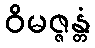
ဝိမဇ္ဇန္တံ